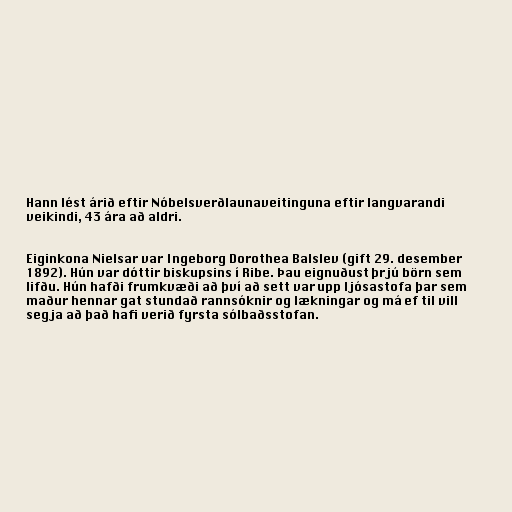
Hann lést árið eftir Nóbelsverðlaunaveitinguna eftir langvarandi
veikindi, 43 ára að aldri.

Eiginkona Nielsar var Ingeborg Dorothea Balslev (gift 29. desember
1892). Hún var dóttir biskupsins í Ribe. Þau eignuðust þrjú börn sem
lifðu. Hún hafði frumkvæði að því að sett var upp ljósastofa þar sem
maður hennar gat stundað rannsóknir og lækningar og má ef til vill
segja að það hafi verið fyrsta sólbaðsstofan.